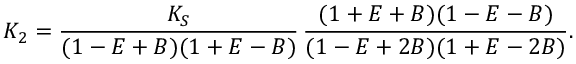
K _ { 2 } = \frac { K _ { S } } { ( 1 - E + B ) ( 1 + E - B ) } \, \frac { ( 1 + E + B ) ( 1 - E - B ) } { ( 1 - E + 2 B ) ( 1 + E - 2 B ) } .